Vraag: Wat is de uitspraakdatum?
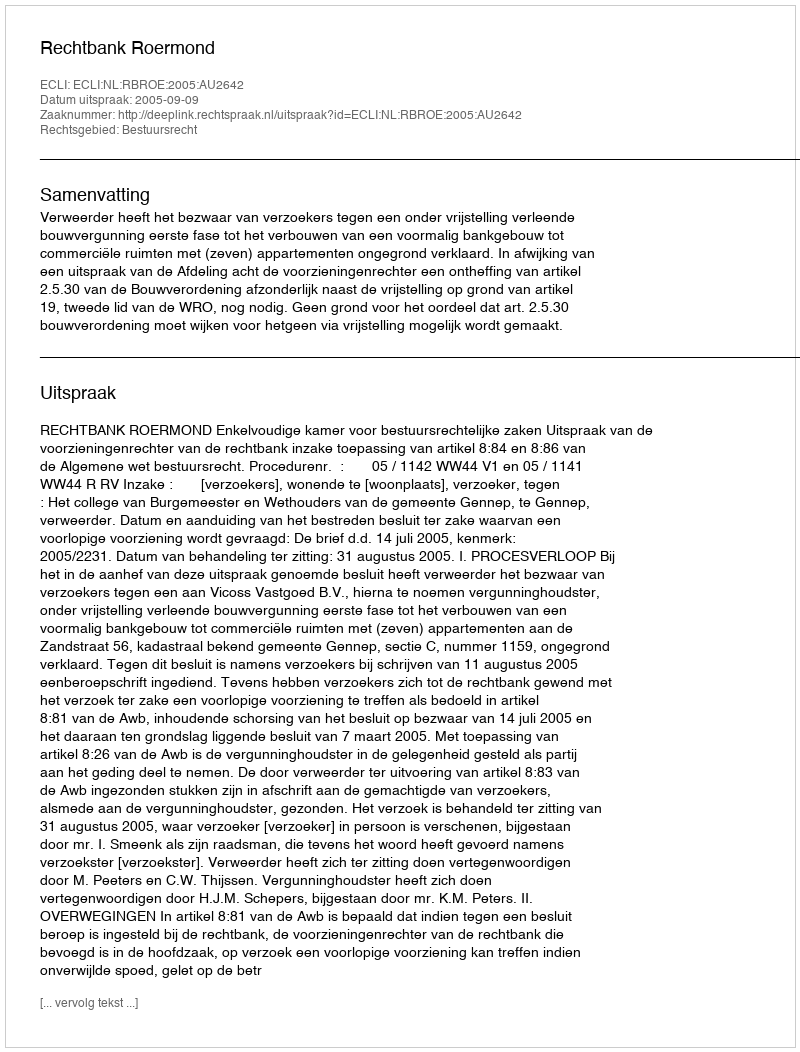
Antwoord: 2005-09-09